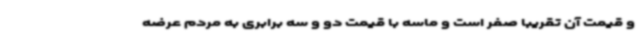
و قیمت آن تقریبا صفر است و ماسه با قیمت دو و سه برابری به مردم عرضه